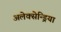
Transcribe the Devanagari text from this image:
अलेक्सेन्ड्रिया